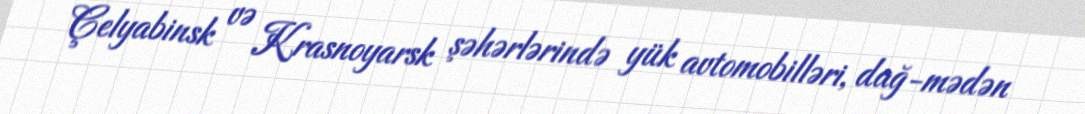
Çelyabinsk və Krasnoyarsk şəhərlərində yük avtomobilləri, dağ-mədən